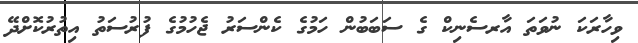
ވިހާރަކަ ނުވަތަ އާރސެނިކް ގެ ސަބަބުން ހަމުގެ ކެންސަރު ޖެހުމުގެ ފުރުސަތު އިތުރުކޮށްދޭ